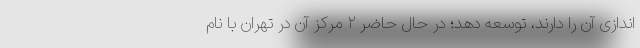
اندازی آن را دارند، توسعه دهد؛ در حال حاضر ۲ مرکز آن در تهران با نام